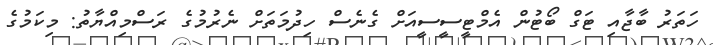
ހަތަރު ބާޖާއި ޓަގް ބޯޓުން އެމްޓީސީސީއަށް ގެނެސް ހިދުމަތަށް ނެރުމުގެ ރަސްމިއްޔާތު: މިކަމުގެ